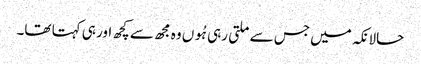
حالانکہ میں جس سے ملتی رہی ہُوں وہ مجھ سے کچھ اور ہی کہتا تھا۔